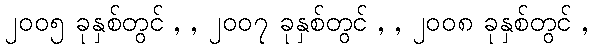
၂၀၀၅ ခုနှစ်တွင် , , ၂၀၀၇ ခုနှစ်တွင် , , ၂၀၀၈ ခုနှစ်တွင် ,